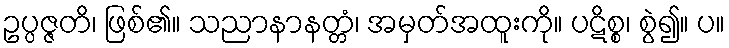
ဥပ္ပဇ္ဇတိ၊ ဖြစ်၏။ သညာနာနတ္တံ၊ အမှတ်အထူးကို။ ပဋိစ္စ၊ စွဲ၍။ ပ။